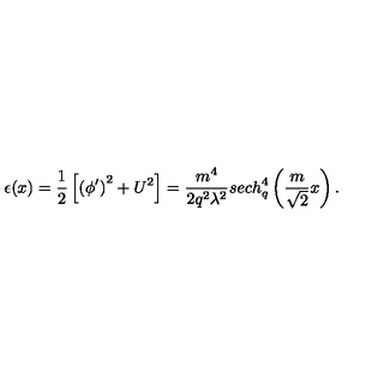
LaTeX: \epsilon ( x ) = \frac 1 2 \left[ \left( \phi ^ { \prime } \right) ^ { 2 } + U ^ { 2 } \right] = \frac { m ^ { 4 } } { 2 q ^ { 2 } \lambda ^ { 2 } } s e c h _ { q } ^ { 4 } \left( \frac { m } { \sqrt 2 } x \right) .